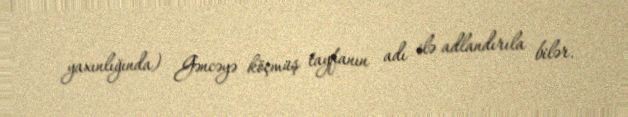
yaxınlığında) Gəncəyə köçmüş tayfanın adı ilə adlandırıla bilər.